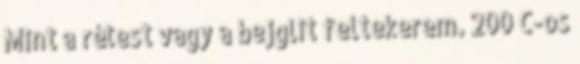
Mint a rétest vagy a bejglit feltekerem. 200 C-os